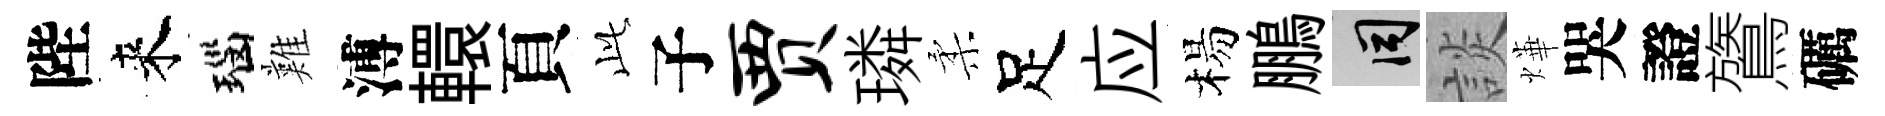
陛来瑙難溥轘頁𬼘子贾璘柔足应楊鵬间談燁哭證鷟礪